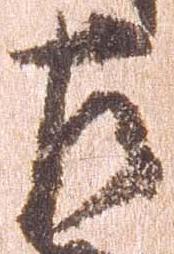
左